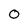
Character: 0